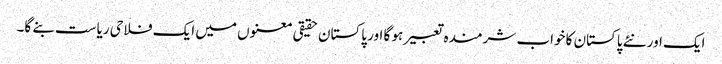
ایک اور نئے پاکستان کا خواب شرمندہ تعبیر ہو گا اور پاکستان حقیقی معنوں میں ایک فلاحی ریاست بنے گا۔